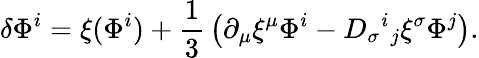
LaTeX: \delta\Phi^{i}=\xi(\Phi^{i})+{\frac{1}{3}}\left(\partial_{\mu}\xi^{\mu}\Phi^{i}-D_{\sigma}{}^{i}{}_{j}\xi^{\sigma}\Phi^{j}\right).